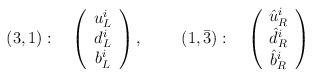
LaTeX: \begin{align*}(3,1): \quad \left( \begin{array}{c}u_L^i \\ d_L^i \\ b_L^i\end{array} \right), ~~~~\quad (1,\bar{3}):\quad\left( \begin{array}{c}\hat{u}_R^i \\ \hat{d}_R^i \\ \hat{b}_R^i\end{array} \right)\end{align*}